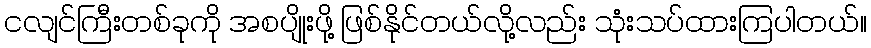
ငလျင်ကြီးတစ်ခုကို အစပျိုးဖို့ ဖြစ်နိုင်တယ်လို့လည်း သုံးသပ်ထားကြပါတယ်။